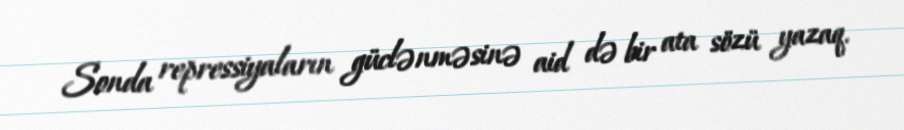
Sonda repressiyaların güclənməsinə aid də bir ata sözü yazaq.